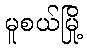
မူစယ်မြို့